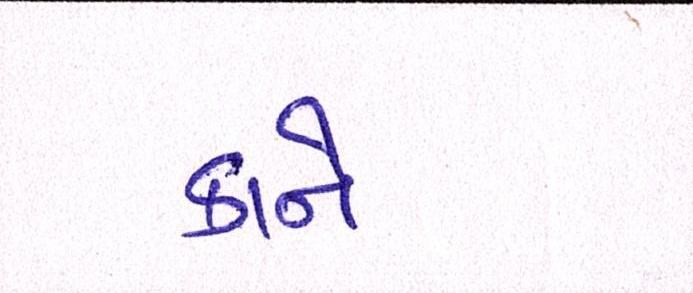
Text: કાને